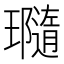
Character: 瓍